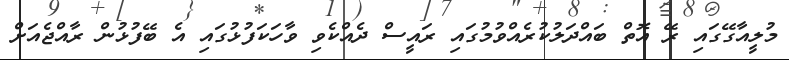
މުލީއާގޭގައި ރޭ އޮތް ބައްދަލުކުރެއްވުމުގައި ރައީސް ދެއްކެވި ވާހަކަފުޅުގައި އެ ބޭފުޅުން ރާއްޖެއަށް